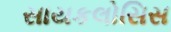
સાયકલોસિસ